Annual administration and progress report of the Indian Medical Department, Bombay
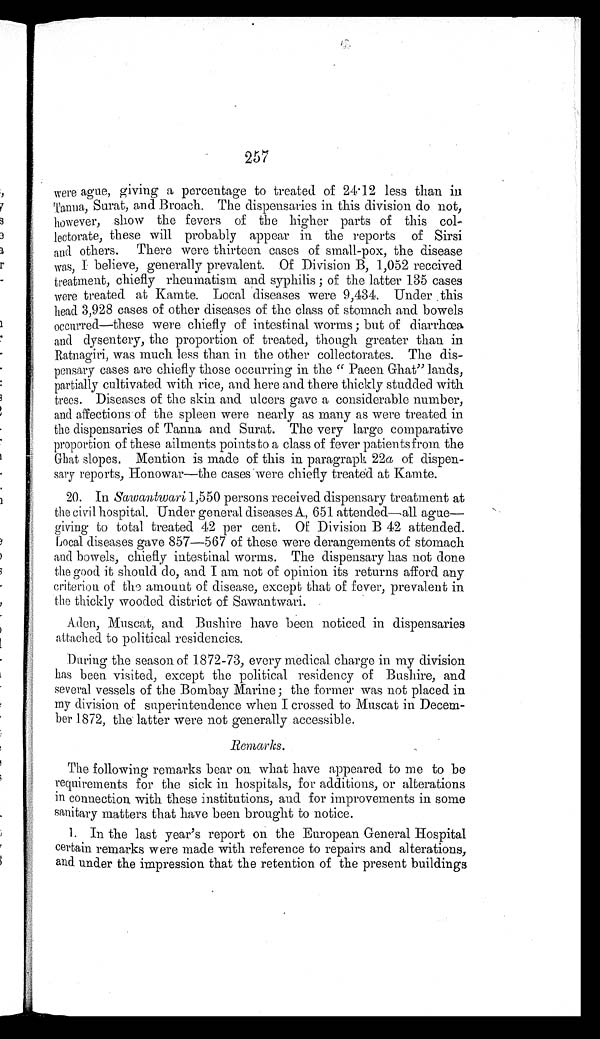
Were ague, giving a percentage to treated of 24.12 less than in
Tanna, Surat, and Broach. The dispensaries in this division do not,
however, show the fevers of the higher parts of this col
-lectorate, these will probably appear in the reports of Sirsi
and others. There were thirteen cases of small-pox, the disease
was, I believe, generally prevalent. Of Division B, 1,052 received
treatment, chiefly rheumatism and syphilis; of the latter 135 cases
were treated at Kamte. Local diseases were 9,434. Under this
head 3,928 cases of other diseases of the class of stomach and bowels
occurred—these were chiefly of intestinal worms; but of diarrhœa
and dysentery, the proportion of treated, though greater than in
Ratnagiri, was much less than in the other collectorates. The dis
-pensary cases are chiefly those occurring in the "Paeen Ghat" lands,
partially cultivated with rice, and here and there thickly studded with
trees. Diseases of the skin and ulcers gave a considerable number,
and affections of the spleen were nearly as many as were treated in
the dispensaries of Tanna and Surat. The very large comparative
proportion of these ailments points to a class of fever patients from the
Ghat slopes. Mention is made of this in paragraph 22 a of dispen
-sary reports, Honowar—the cases were chiefly treated at Kamte.
20. In Sawantwari 1,550 persons received dispensary treatment at
the civil hospital. Under general diseases A, 651 attended—all ague—
giving to total treated 42 per cent. Of Division B 42 attended.
Local diseases gave 857—567 of these were derangements of stomach
and bowels, chiefly intestinal worms. The dispensary has not done
the good it should do, and I am not of opinion its returns afford any
criterion of the amount of disease, except that of fever, prevalent in
the thickly wooded district of Sawantwari.
Aden, Muscat, and Bushire have been noticed in dispensaries
attached to political residencies.
During the season of 1872-73, every medical charge in my division
has been visited, except the political residency of Bushire, and
several vessels of the Bombay Marine; the former was not placed in
my division of superintendence when I crossed to Muscat in Decem
-ber 1872, the latter were not generally accessible.
R e m a r k s .
The following remarks bear on what have appeared to me to be
requirements for the sick in hospitals, for additions, or alterations
in connection with these institutions, and for improvements in some
sanitary matters that have been brought to notice.
1. In the last year's report on the European General Hospital
certain remarks were made with reference to repairs and alterations,
and under the impression that the retention of the present buildings